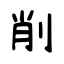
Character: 削